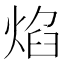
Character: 焰